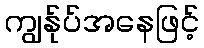
ကျွန်ုပ်အနေဖြင့်